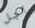
أجل